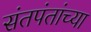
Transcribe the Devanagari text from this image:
संतपंतांच्या